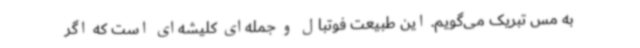
به مس تبریک می‌گویم. این طبیعت فوتبال و جمله‌ای کلیشه‌ای است که اگر